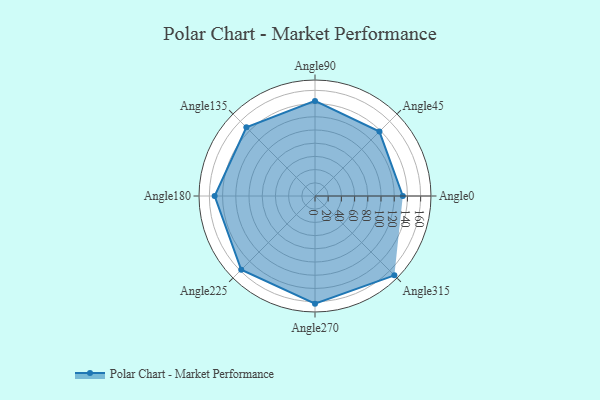
{"axis": {"x": "Angle", "y": "Radius"}, "legend": [""], "data": [{"x": "Angle0", "y": 133.0, "type": ""}, {"x": "Angle45", "y": 138.0, "type": ""}, {"x": "Angle90", "y": 144.0, "type": ""}, {"x": "Angle135", "y": 147.0, "type": ""}, {"x": "Angle180", "y": 152.0, "type": ""}, {"x": "Angle225", "y": 158.0, "type": ""}, {"x": "Angle270", "y": 163.0, "type": ""}, {"x": "Angle315", "y": 170.0, "type": ""}]}